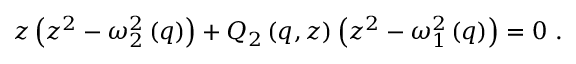
\begin{array} { r } { z \left( z ^ { 2 } - \omega _ { 2 } ^ { 2 } \left( q \right) \right) + Q _ { 2 } \left( q , z \right) \left( z ^ { 2 } - \omega _ { 1 } ^ { 2 } \left( q \right) \right) = 0 \ . } \end{array}